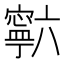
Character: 𰍡